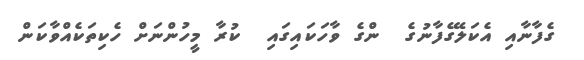
ގެފާނާއި އެކަލޭގެފާނުގެ  ންގެ ވާހަކައިގައި  ކުރާ މީހުންނަށް ހެކިތަކެއްވާކަން